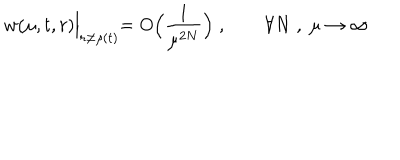
w ( \mu , t , r ) \Bigl | _ { r \ne \rho ( t ) } = O \Bigl ( \frac { 1 } { \mu ^ { 2 N } } \Bigr ) \; , \qquad \forall N \; , \; \mu \to \infty